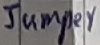
Text: Jumper